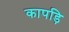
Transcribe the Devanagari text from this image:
कापड़ि